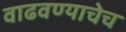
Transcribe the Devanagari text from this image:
वाढवण्याचेच